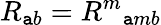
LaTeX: R_{\mathtt{a}b}={R^{m}}_{\mathtt{a}mb}